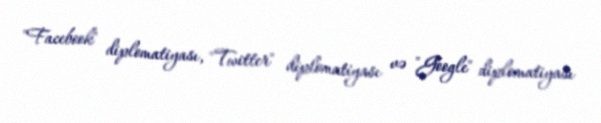
"Facebook" diplomatiyası, "Twitter" diplomatiyası və "Google" diplomatiyası